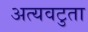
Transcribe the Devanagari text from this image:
अत्यवटुता